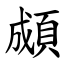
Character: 䫆